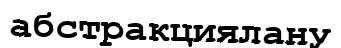
абстракциялану